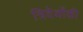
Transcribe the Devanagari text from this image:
त्रिदेवोंकी